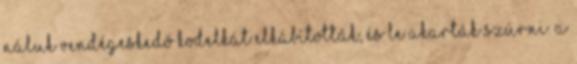
náluk vendégeskedő Kodelkát elkábították, és le akarták szúrni. A